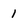
Character: 1